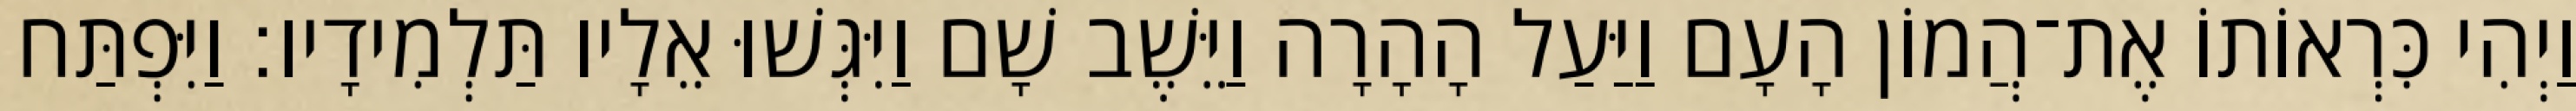
וַיְהִי כִּרְאוֹתוֹ אֶת־הֲמוֹן הָעָם וַיַּעַל הָהָרָה וַיֵּשֶׁב שָׁם וַיִּגְּשׁוּ אֵלָיו תַּלְמִידָיו׃ וַיִּפְתַּח